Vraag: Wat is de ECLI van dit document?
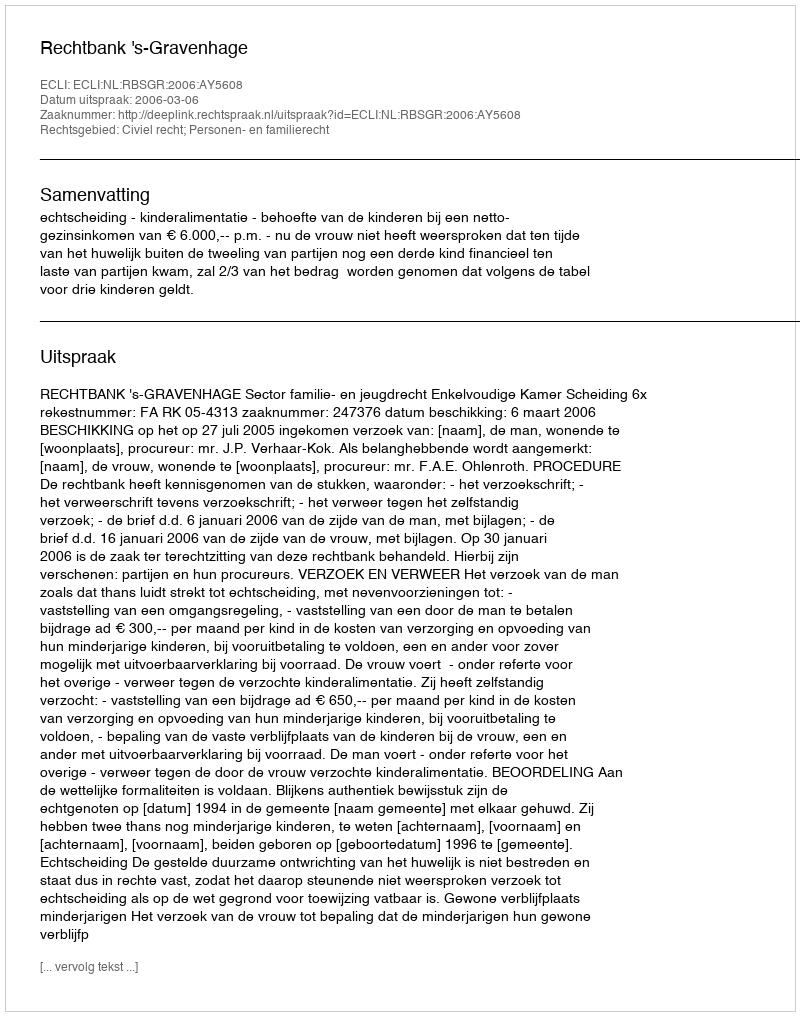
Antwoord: ECLI:NL:RBSGR:2006:AY5608